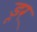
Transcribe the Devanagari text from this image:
डूर